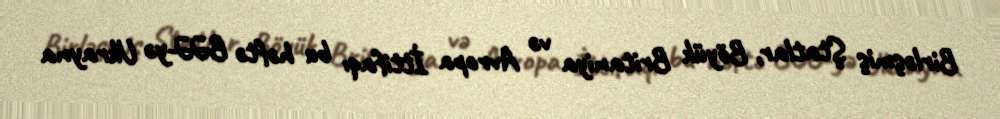
Birləşmiş Ştatlar, Böyük Britaniya və Avropa İttifaqı bu həftə BƏƏ-yə Ukrayna